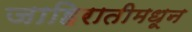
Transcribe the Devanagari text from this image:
जाहिरातीमधून